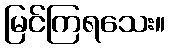
မြင်ကြရသေး။